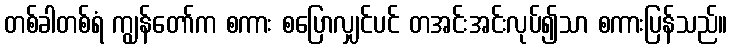
တစ်ခါတစ်ရံ ကျွန်တော်က စကား စပြောလျှင်ပင် တအင်းအင်းလုပ်၍သာ စကားပြန်သည်။